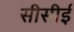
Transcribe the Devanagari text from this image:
सीसीई